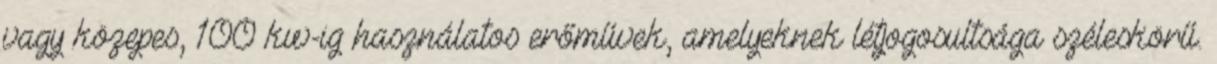
vagy közepes, 100 kw-ig használatos erőművek, amelyeknek létjogosultsága széleskörű.